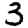
Digit: 3